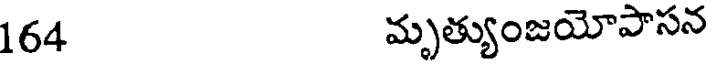
164 మృత్యుంజయోపాసన